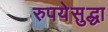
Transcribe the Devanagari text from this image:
रुपयेसुद्धा